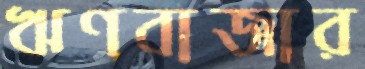
ঋণবাজার